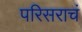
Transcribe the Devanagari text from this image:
परिसराचं